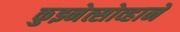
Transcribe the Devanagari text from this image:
कुझ्नेत्सोव्हाने